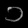
Digit: ၁